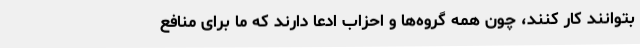
بتوانند کار کنند، چون همه گروه‌ها و احزاب ادعا دارند که ما برای منافع